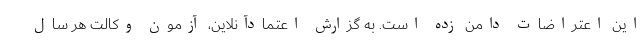
این اعتراضات دامن زده است. به گزارش اعتمادآنلاین، آزمون وکالت هر سال